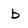
Character: b